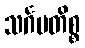
သင်္ဂမတိစ္စ